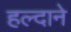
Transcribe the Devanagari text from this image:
हल्दाने